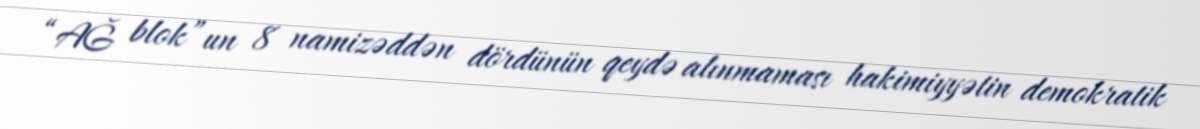
“AĞ blok”un 8 namizəddən dördünün qeydə alınmaması hakimiyyətin demokratik